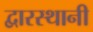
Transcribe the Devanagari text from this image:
द्वारस्थानी